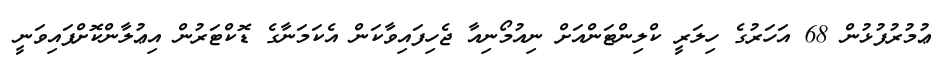
ޢުމުރުފުޅުން 68 އަހަރުގެ ހިލަރީ ކްލިންޓަންއަށް ނިއުމޯނިއާ ޖެހިފައިވާކަން އެކަމަނާގެ ޑޮކްޓަރުން އިޢުލާންކޮށްފައިވަނީ